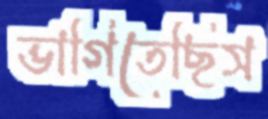
ভাগিতেছিস